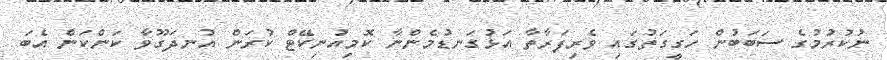
ނުކުރުމުގެ ސަބަބުން ހަގީގަތުގައި ވެރިފަރާތާ އަޅުގަނޑުމެންނާ ކޮމިއުނިކޭޓް ކުރަން އުނދަގޫވާ ކަންކަން އެބަ